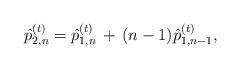
LaTeX: \begin{align*}\begin{aligned}\hat{p}_{2,n}^{(t)} &= \hat{p}_{1,n}^{(t)} \,+\, (n-1) \hat{p}_{1,n-1}^{(t)}, \end{aligned}\end{align*}